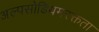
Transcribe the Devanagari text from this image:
अल्पसोडियमरक्तता